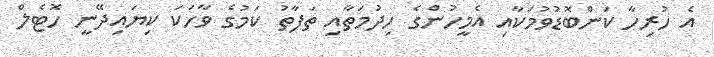
އެ ހުރިހާ ކަންބޮޑުވުމަކާއި އެމީހުންގެ ހިދުމަތާއި ތަފާތު ކަމުގެ ވާހަކަ ކިޔައިދޭނީ ހޮޓެލް